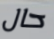
حال